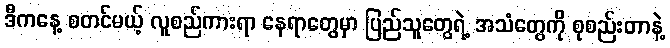
ဒီကနေ့ စတင်မယ့် လူစည်ကားရာ နေရာတွေမှာ ပြည်သူတွေရဲ့ အသံတွေကို စုစည်းတာနဲ့